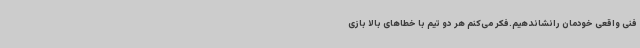
فنی واقعی خودمان رانشاندهیم.فکر می‌کنم هر دو تیم با خطاهای بالا بازی